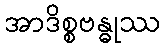
အာဒိစ္စဗန္ဓုဿ